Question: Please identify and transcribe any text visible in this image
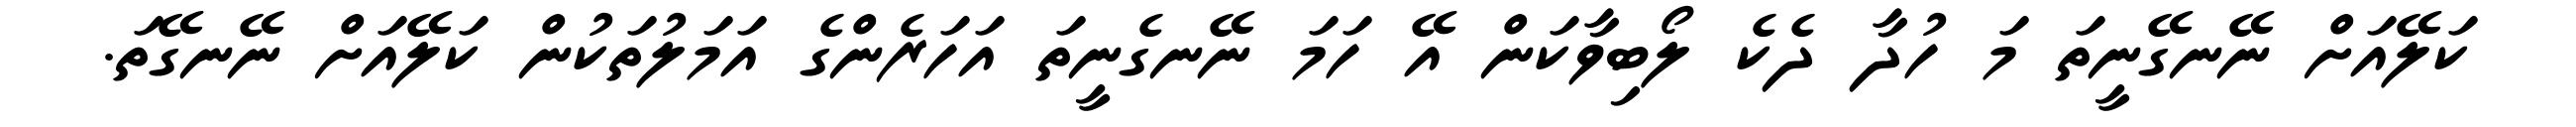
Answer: ކަލޭއަށް ނޭނގޭނީތަ މަ ހުދާ ދެކެ ލޯބިވާކަން އޭ ހަމަ ނޭނގެނީތަ އަހަރެންގެ އަމަލުތަކުން ކަލޭއަށް ނޭނގޭތަ.